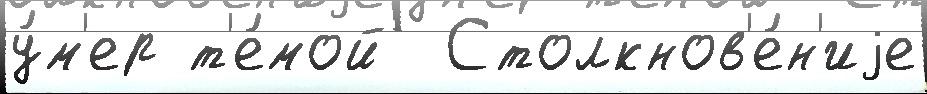
у́м'ер т'е́мой  Столкнов'е́н'иjе